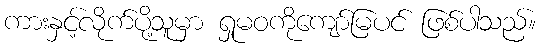
ကားနှင့်လိုက်ပို့သူမှာ ရှုမဝကိုကျော်မြပင် ဖြစ်ပါသည်။